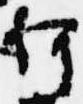
何